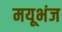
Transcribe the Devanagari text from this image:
मयूभंज